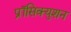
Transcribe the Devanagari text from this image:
प्रॉसिक्युशन